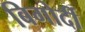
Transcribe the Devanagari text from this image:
बिगोर्दी